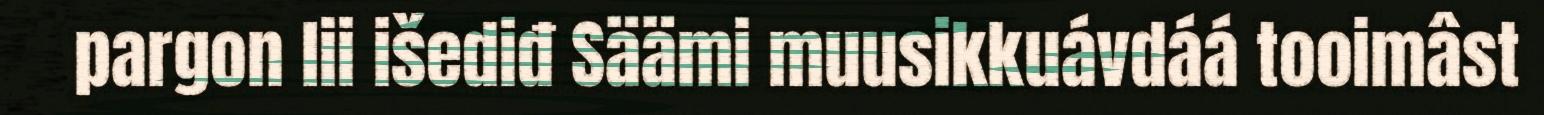
pargon lii išediđ Säämi muusikkuávdáá tooimâst